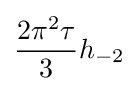
{\frac {2\pi ^{2}\tau }{3}}h_{-2}